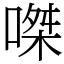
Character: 𠹳